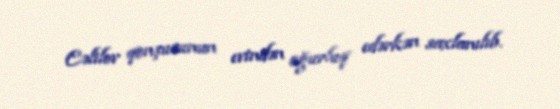
Cəlilov qonşusunun evindən oğurluq edərkən saxlanılıb.